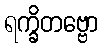
ရက္ခိတဗ္ဗော